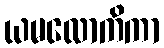
ယမလောကိကာ